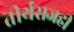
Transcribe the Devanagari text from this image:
तीर्थराजही